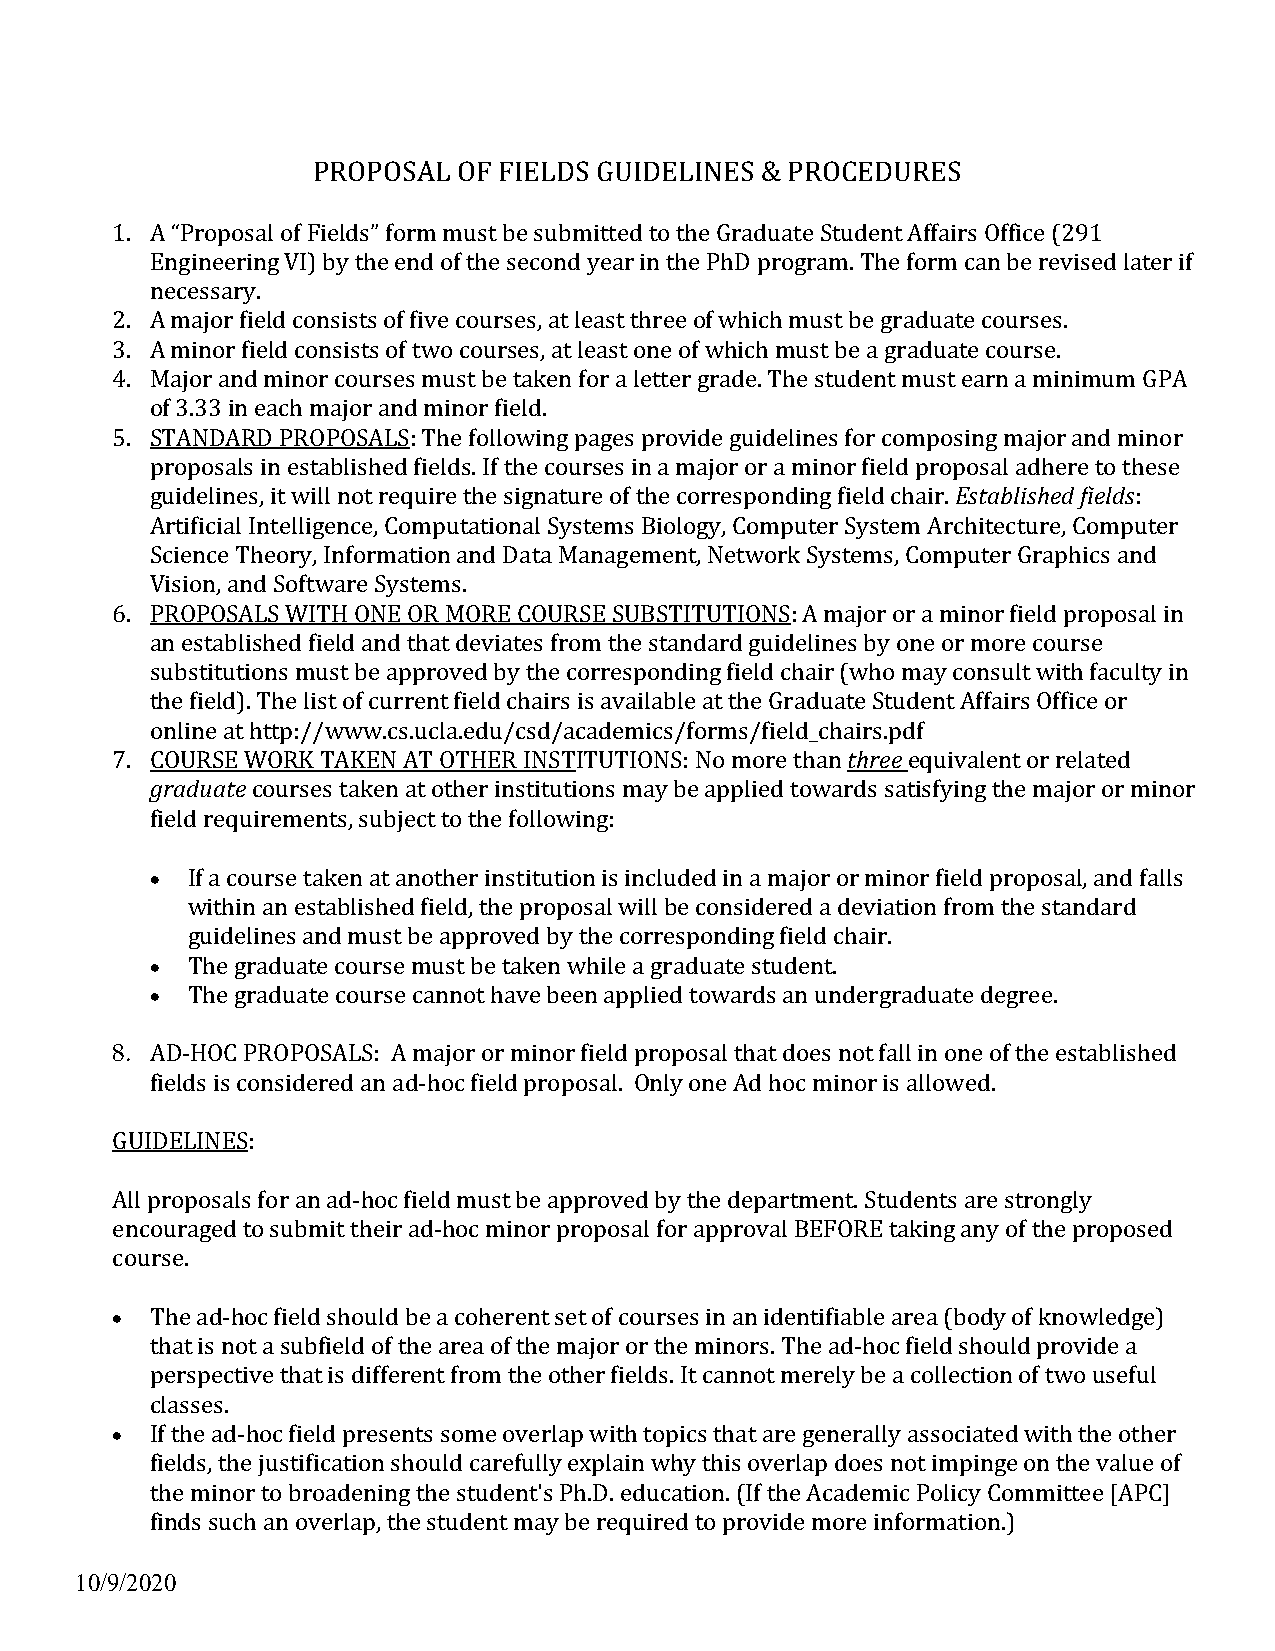
PROPOSAL OF FIELDS GUIDELINES & PROCEDURES
 1. A “Proposal of Fields” form must be submitted to the Graduate Student Affairs Office (291
 Engineering VI) by the end of the second year in the PhD program. The form can be revised later if
 necessary.
 2. A major field consists of five courses, at least three of which must be graduate courses.
 3. A minor field consists of two courses, at least one of which must be a graduate course.
 4. Major and minor courses must be taken for a letter grade. The student must earn a minimum GPA
 of 3.33 in each major and minor field.
 5. STANDARD PROPOSALS: The following pages provide guidelines for composing major and minor
 proposals in established fields. If the courses in a major or a minor field proposal adhere to these
 guidelines, it will not require the signature of the corresponding field chair. Established fields:
 Artificial Intelligence, Computational Systems Biology, Computer System Architecture, Computer
 Science Theory, Information and Data Management, Network Systems, Computer Graphics and
 Vision, and Software Systems.
 6. PROPOSALS WITH ONE OR MORE COURSE SUBSTITUTIONS: A major or a minor field proposal in
 an established field and that deviates from the standard guidelines by one or more course
 substitutions must be approved by the corresponding field chair (who may consult with faculty in
 the field). The list of current field chairs is available at the Graduate Student Affairs Office or
 online at http://www.cs.ucla.edu/csd/academics/forms/field_chairs.pdf
 7. COURSE WORK TAKEN AT OTHER INSTITUTIONS: No more than three equivalent or related
 graduate courses taken at other institutions may be applied towards satisfying the major or minor
 field requirements, subject to the following:
 • If a course taken at another institution is included in a major or minor field proposal, and falls
 within an established field, the proposal will be considered a deviation from the standard
 guidelines and must be approved by the corresponding field chair.
 • The graduate course must be taken while a graduate student.
 • The graduate course cannot have been applied towards an undergraduate degree.
 8. AD-HOC PROPOSALS: A major or minor field proposal that does not fall in one of the established
 fields is considered an ad-hoc field proposal. Only one Ad hoc minor is allowed.
 GUIDELINES:
 All proposals for an ad-hoc field must be approved by the department. Students are strongly
 encouraged to submit their ad-hoc minor proposal for approval BEFORE taking any of the proposed
 course.
 •  The ad-hoc field should be a coherent set of courses in an identifiable area (body of knowledge)
 that is not a subfield of the area of the major or the minors. The ad-hoc field should provide a
 perspective that is different from the other fields. It cannot merely be a collection of two useful
 classes.
 •  If the ad-hoc field presents some overlap with topics that are generally associated with the other
 fields, the justification should carefully explain why this overlap does not impinge on the value of
 the minor to broadening the student's Ph.D. education. (If the Academic Policy Committee [APC]
 finds such an overlap, the student may be required to provide more information.)
 10/9/2020